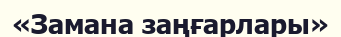
«Замана заңғарлары»